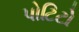
પોટિટો